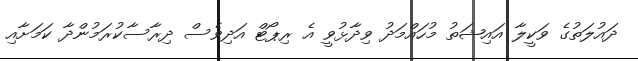
ދައުލަތުގެ ވަކީލާ އައިޝަތު މުހައްމަދު ވިދާޅުވީ އެ ރިޕޯޓް އަދިވެސް ދިރާސާކުރަމުންދާ ކަމަށާއި